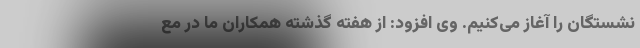
نشستگان را آغاز می‌کنیم. وی افزود: از هفته گذشته همکاران ما در مع